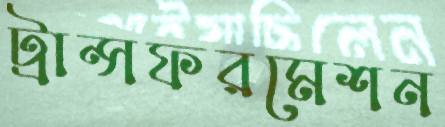
ট্রান্সফরমেশন